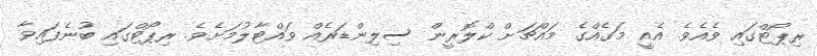
ރިޕޯޓްގައި ވެއެވެ. އެއީ މަގެއްގެ މައްޗަށް ކްލޮރީން ސިލިންޑަރެއް ވައްޓާލުމަށެވެ. ރިޕޯޓްގައި ބުނެފައިވާ